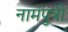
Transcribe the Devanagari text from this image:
नामपुत्री